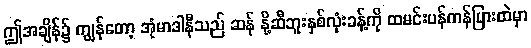
ဤအချိန်၌ ကျွန်တော့ အုံမာဒါနီသည် ဆန် နို့ဆီဘူးနှစ်လုံးခန့်ကို ထမင်းပန်ကန်ပြားထဲမှာ